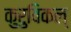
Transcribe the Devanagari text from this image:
कुरुविकल्